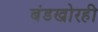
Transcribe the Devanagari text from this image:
बंडखोरही